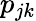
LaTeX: p_{jk}